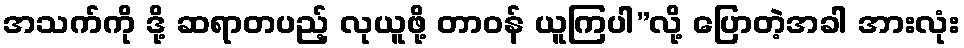
အသက်ကို ဒို့ ဆရာတပည့် လုယူဖို့ တာဝန် ယူကြပါ”လို့ ပြောတဲ့အခါ အားလုံး